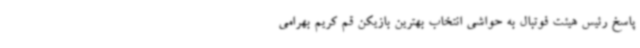
پاسخ رئیس هیئت فوتبال به حواشی انتخاب بهترین بازیکن قم کریم بهرامی